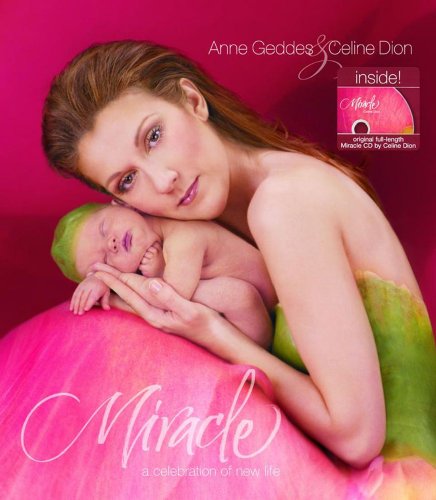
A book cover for Miracle: A Celebration of New Life; Anne Geddes; Arts & Photography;